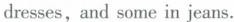
dresses,and some in jeans.